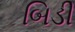
બિડી